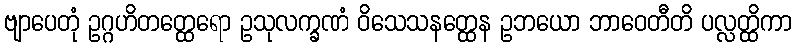
ဗျာပေတုံ ဥဂ္ဂဟိတတ္ထေရော ဥသုလက္ခဏံ ဝိသေသနတ္ထေန ဥဘယော ဘာဝေတီတိ ပလ္လတ္ထိကာ